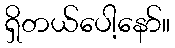
ရှိတယ်ပေါ့နော်။